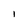
Character: I